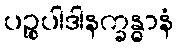
ပဉ္စုပါဒါနက္ခန္ဓာနံ